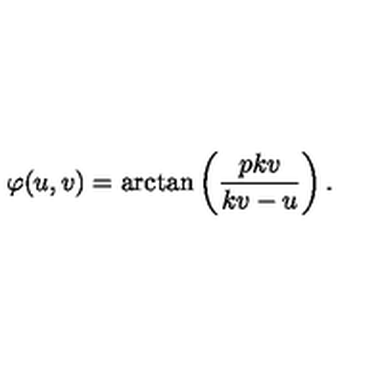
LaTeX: \varphi ( u , v ) = \mathrm { a r c t a n } \left( \frac { p k v } { k v - u } \right) .